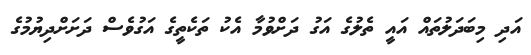
އަދި މިބަދަލުތައް އައީ ތެލުގެ އަގު ދަށްވުމާ އެކު ތަކެތީގެ އަގުވެސް ދަށަށްދިޔުމުގެ